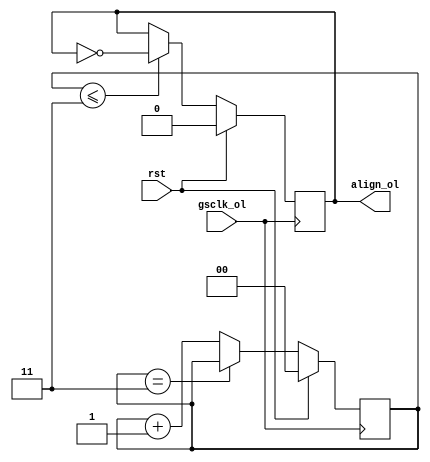
module ologic_align(
input 	wire gsclk_ol,
input 	wire rst,
output 	reg align_ol
);

reg [1:0] cnt;

always @(posedge gsclk_ol) begin
	if (rst) begin
		cnt <= 2'b00;
	end
	else begin
		if (cnt == 2'b11) begin
			cnt <= cnt;
		end
		else begin
			cnt <= cnt + 1;
		end
	end
end

always @(posedge gsclk_ol) begin
	if (rst) begin
		align_ol <= 1'b0;
	end
	else begin
		if (cnt <= 2'b11) begin
			align_ol <= ~align_ol;
		end
	end
end

endmodule